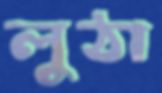
লুঠা